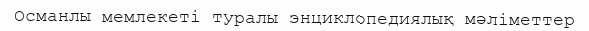
Османлы мемлекеті туралы энциклопедиялық мәліметтер